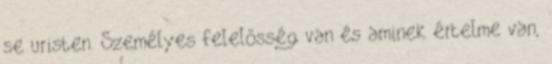
se uristen. Személyes felelősség van és aminek értelme van,